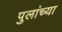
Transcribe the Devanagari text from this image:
पुलांच्या